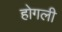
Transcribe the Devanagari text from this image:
होगली